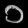
Digit: ၁